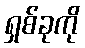
ရှစ်ခုကို